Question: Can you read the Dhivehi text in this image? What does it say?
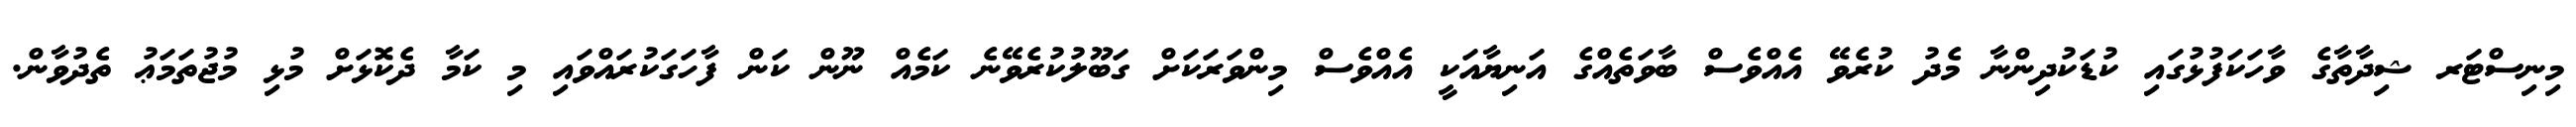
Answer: މިނިސްޓަރ ޝިދާތާގެ ވާހަކަފުޅުގައި ކުޑަކުދިންނާ މެދު ކުރެވޭ އެއްވެސް ބާވަތެއްގެ އަނިޔާއަކީ އެއްވެސް މިންވަރަކަށް ގަބޫލުކުރެވޭނެ ކަމެއް ނޫން ކަން ފާހަގަކުރައްވައި މި ކަމާ ދެކޮޅަށް މުޅި މުޖުތަމަޢު ތެދުވާން.